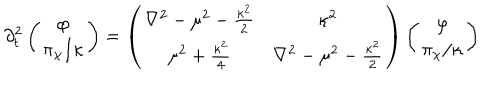
\partial _ { t } ^ { 2 } \left( \begin{array} { c } { { \varphi } } \\ { { { \pi _ { \chi } / \kappa } } } \\ \end{array} \right) = \left( \begin{array} { c c } { { \nabla ^ { 2 } - \mu ^ { 2 } - { \frac { \kappa ^ { 2 } } { 2 } } } } & { { \kappa ^ { 2 } } } \\ { { \mu ^ { 2 } + { \frac { \kappa ^ { 2 } } { 4 } } } } & { { \nabla ^ { 2 } - \mu ^ { 2 } - { \frac { \kappa ^ { 2 } } { 2 } } } } \\ \end{array} \right) \left( \begin{array} { c } { { \varphi } } \\ { { { \pi _ { \chi } / \kappa } } } \\ \end{array} \right)